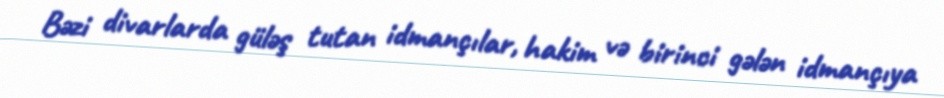
Bəzi divarlarda güləş tutan idmançılar, hakim və birinci gələn idmançıya